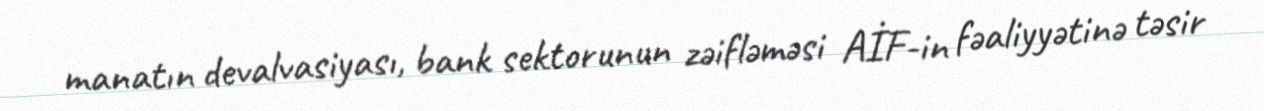
manatın devalvasiyası, bank sektorunun zəifləməsi AİF-in fəaliyyətinə təsir